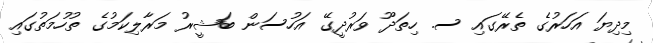
މިދިޔަ އަހަރުގެ ތެރޭގައި ސ. ހިތަދޫ ވަރުދީގޭ އަހުސަން ބަޝީރު މަރާލިކަމުގެ ތުހުމަތުގައި